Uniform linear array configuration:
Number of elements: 32
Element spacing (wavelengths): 0.75
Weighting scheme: blackman
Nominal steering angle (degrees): -15
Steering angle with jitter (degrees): -15.547
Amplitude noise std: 0.05
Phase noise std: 0.05

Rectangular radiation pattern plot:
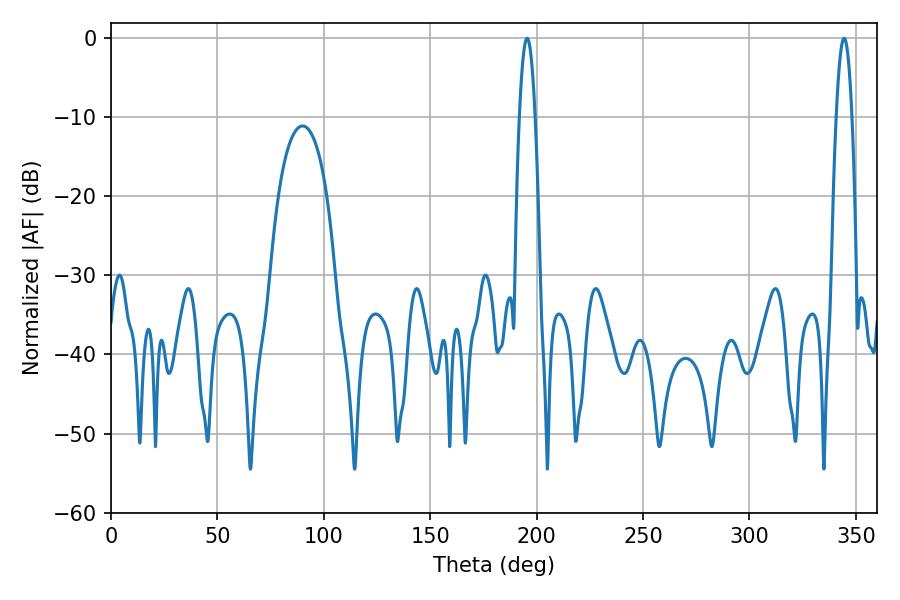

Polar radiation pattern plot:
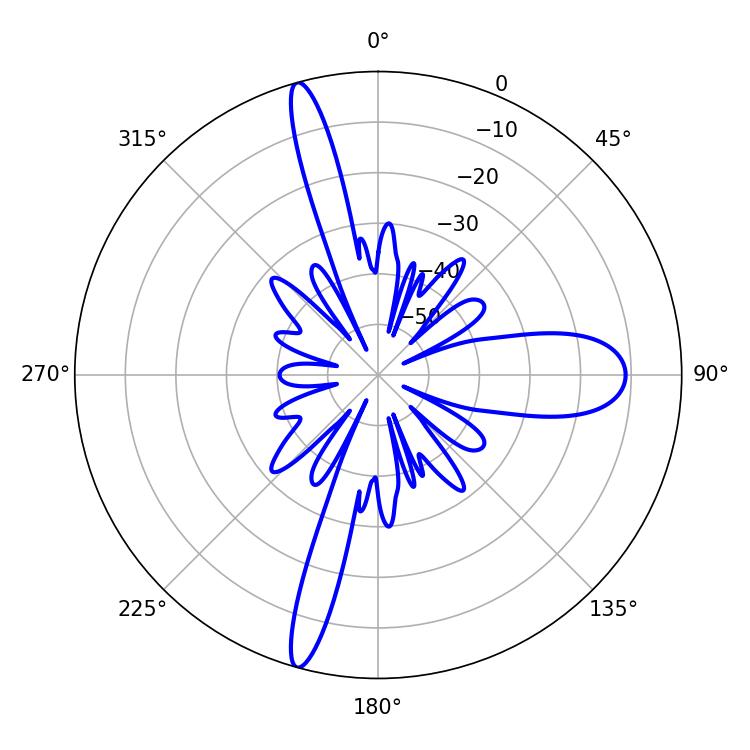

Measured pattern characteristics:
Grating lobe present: TRUE
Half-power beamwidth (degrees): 3.96
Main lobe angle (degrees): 344.52